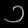
Digit: ၁